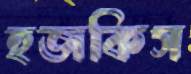
হজকিস